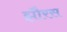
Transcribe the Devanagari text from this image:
झौरस